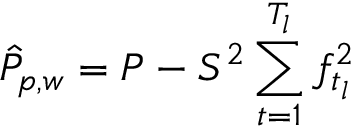
\hat { P } _ { p , w } = P - S ^ { 2 } \sum _ { t = 1 } ^ { T _ { l } } f _ { t _ { l } } ^ { 2 }